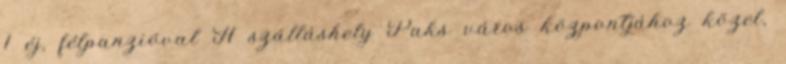
1 éj, félpanzióval A szálláshely Paks város központjához közel,